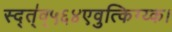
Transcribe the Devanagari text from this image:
स्द्त्॑व्५६४एवुत्किग्य्क।